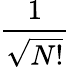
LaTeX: \frac{1}{\sqrt{N!}}